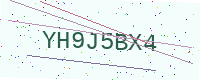
Text: YH9J5BX4